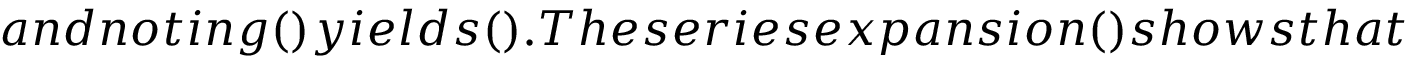
a n d n o t i n g ( ) y i e l d s ( ) . T h e s e r i e s e x p a n s i o n ( ) s h o w s t h a t